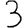
Digit: 3